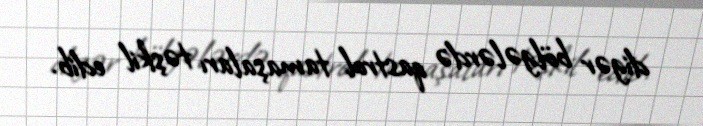
digər bölgələrdə qastrol tamaşaları təşkil edib.